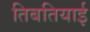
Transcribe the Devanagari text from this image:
तिबतियाई